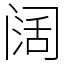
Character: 阔